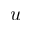
u